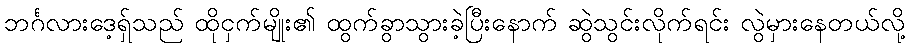
ဘင်္ဂလားဒေ့ရ်ှသည် ထိုငှက်မျိုး၏ ထွက်ခွာသွားခဲ့ပြီးနောက် ဆွဲသွင်းလိုက်ရင်း လွဲမှားနေတယ်လို့